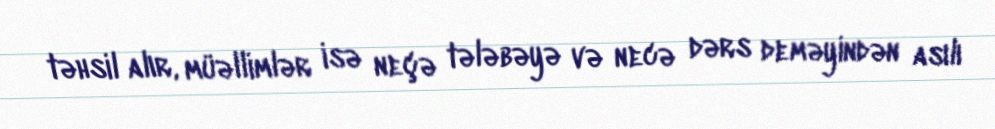
təhsil alır, müəllimlər isə neçə tələbəyə və necə dərs deməyindən asılı